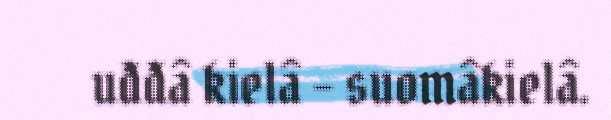
uđđâ kielâ – suomâkielâ.